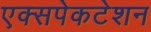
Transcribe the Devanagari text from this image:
एक्सपेकटेशन